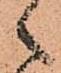
々